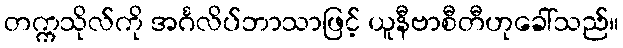
တက္ကသိုလ်ကို အင်္ဂလိပ်ဘာသာဖြင့် ယူနီဗာစီတီဟုခေါ်သည်။